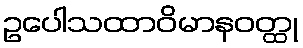
ဥပေါသထာဝိမာနဝတ္ထု